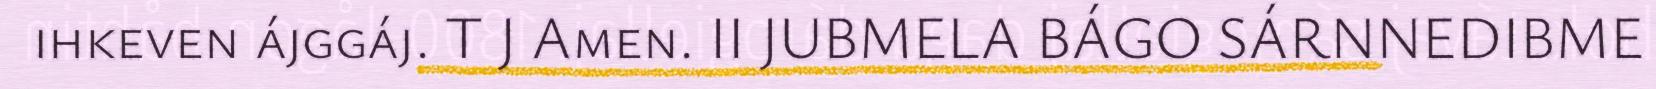
ihkeven ájggáj. T J Amen. II JUBMELA BÁGO SÁRNNEDIBME